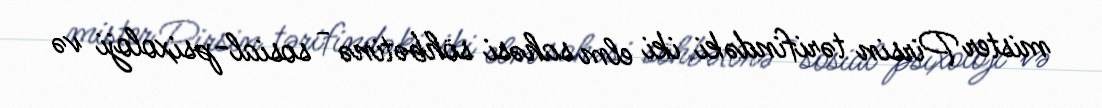
mister Pirsin tərifindəki iki elm sahəsi söhbətinə - sosial-psixoloji və